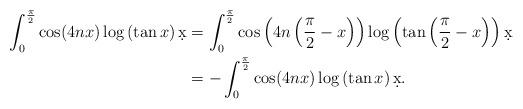
LaTeX: \begin{align*} \int_0^{\frac{\pi}{2}} \cos(4nx) \log\left( \tan x\right)\d x &= \int_0^{\frac{\pi}{2}}\cos\left( 4n \left( \frac{\pi}{2}-x\right)\right) \log \left( \tan \left( \frac{\pi}{2} - x \right) \right) \d x \\ &= - \int_0^{\frac{\pi}{2}}\cos(4nx) \log \left( \tan x \right) \d x . \end{align*}